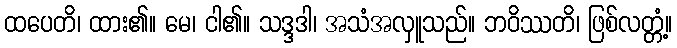
ထပေတိ၊ ထား၏။ မေ၊ ငါ၏။ သဒ္ဒဒါ၊ အသံအလှူသည်။ ဘဝိဿတိ၊ ဖြစ်လတ္တံ့။